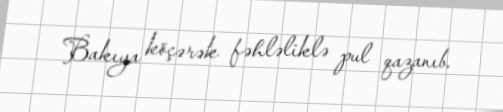
Bakıya köçərək fəhləliklə pul qazanıb.